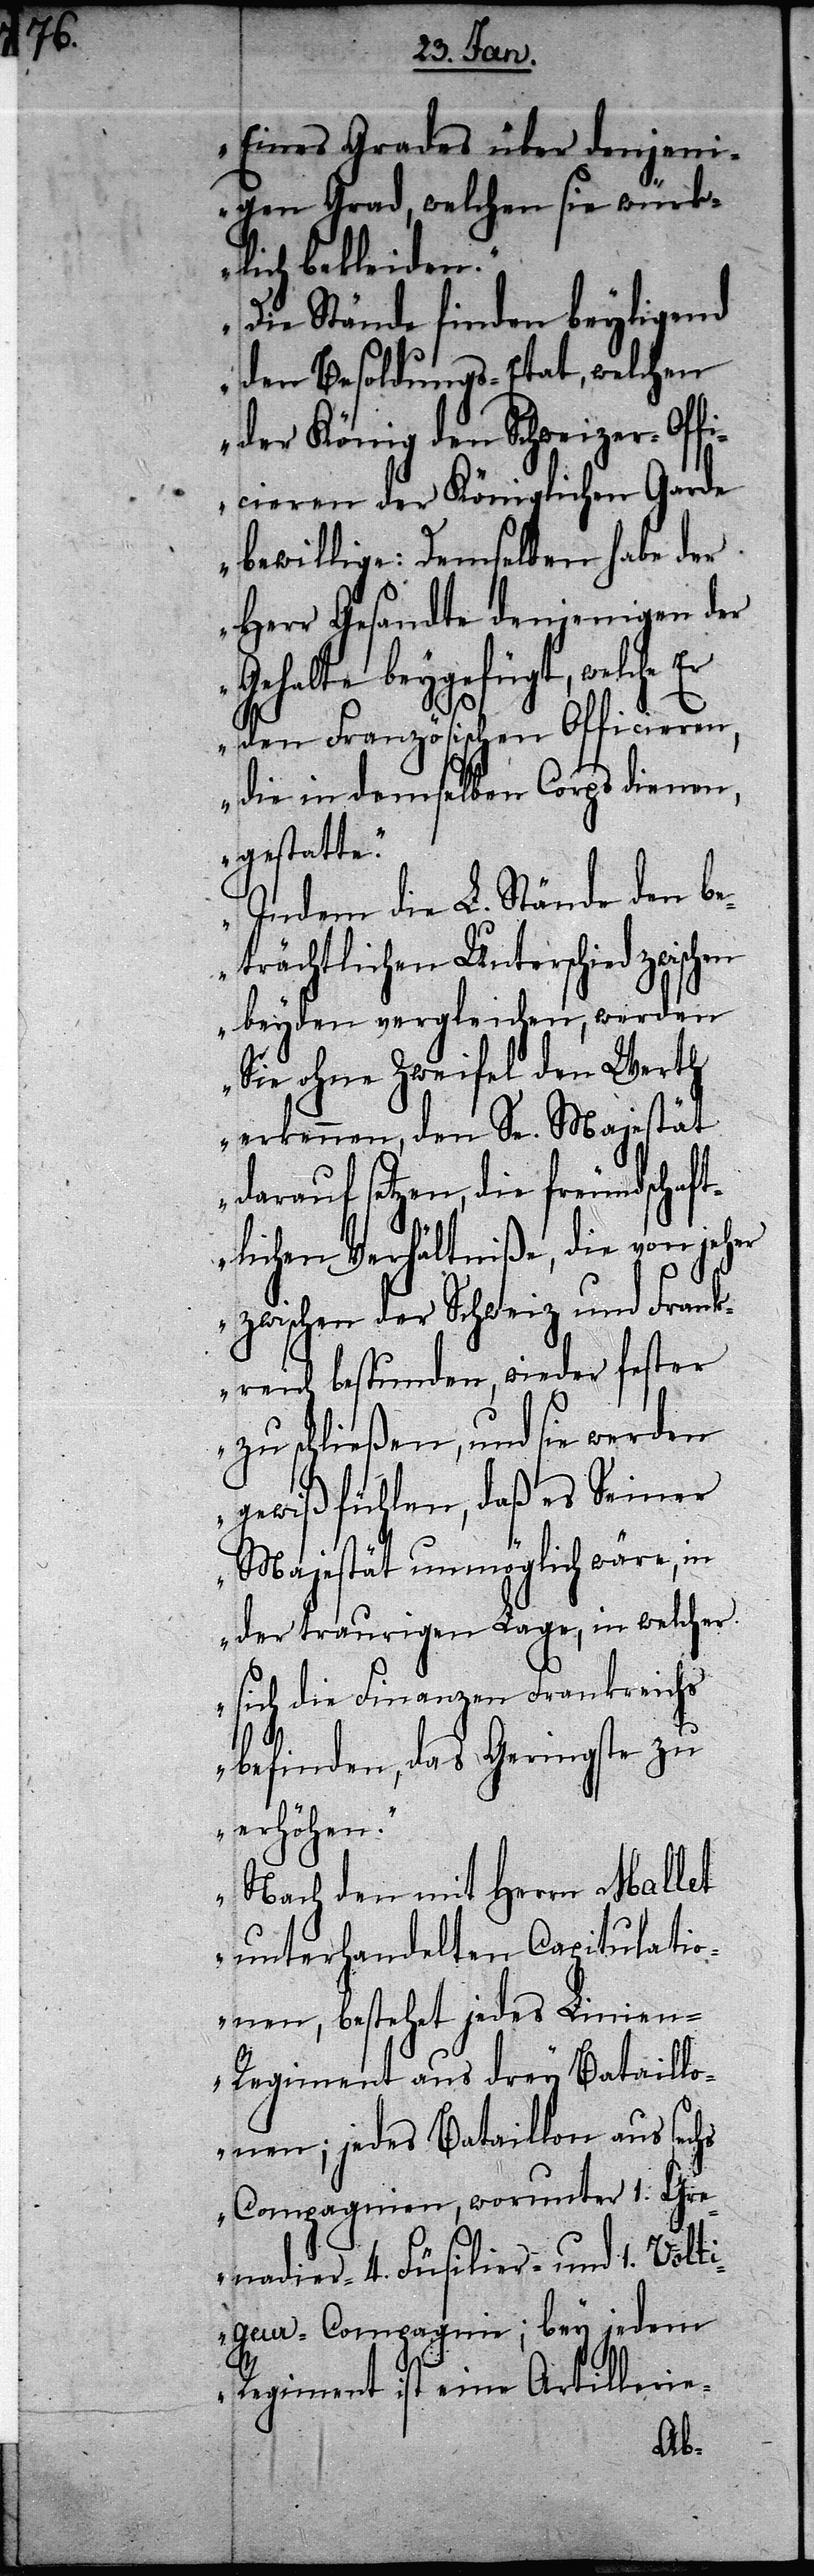
Eines Grades über denjeni¬
gen Grad, welchen sie würk¬
lich bekleiden.“
„Die Stände finden beyligend
den Besoldungs-Etat, welchen
der König den Schweizer-Off¬
icieren der Königlichen Garde
bewillige: Demselben habe der
Herr Gesandte denjenigen der
Gehalte beygefügt, welche
den Französischen Officieren,
die in demselben Corps dienen,
gestatte.“
„Indem die L. Stände den be¬
trächtlichen Unterschied zwischen
beyden vergleichen, werden
Sie ohne Zweifel den Werth
erkennen, den Se. Majestät
darauf setzen, die freundschaft¬
lichen Verhältniße, die von jeher
zwischen der Schweiz und Frank¬
reich bestunden, wieder fester
zu schließen, und sie werden
gewiß fühlen, daß es Seiner
Majestät unmöglich wäre, in
der traurigen Lage, in welcher
sich die Finanzen Frankreichs
befinden, das Geringste zu
erhöhen.“
„Nach den mit Herrn Mallet
unterhandelten Capitulatio¬
nen, bestehet jedes Linie¬
n-Regiment aus drey Bataillo¬
nen; jedes Bataillon aus sechs
Compagnien, worunter 1. Gre¬
nadier-[,] 4. Füsilier- und 1. Vol¬
tigeur-Compagnie; bey jedem
Regiment ist eine Artillerie-